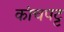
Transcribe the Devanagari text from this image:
कांचपट्ट